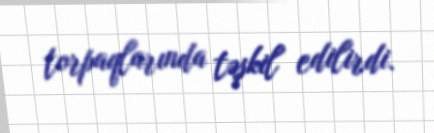
torpaqlarında təşkil edilirdi.